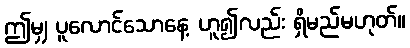
ဤမျှ ပူလောင်သောနေ့ ဟူ၍လည်း ရှိမည်မဟုတ်။